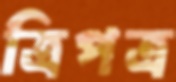
ত্রিপত্র